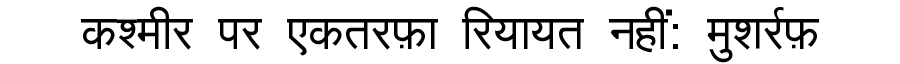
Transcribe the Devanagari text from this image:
कश्मीर पर एकतरफ़ा रियायत नहीं: मुशर्रफ़